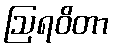
ဩရဝိတာ